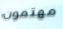
مهتمون